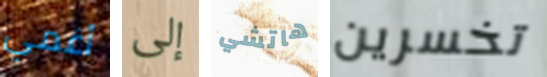
أغمي إلى هاتشي تخسرين